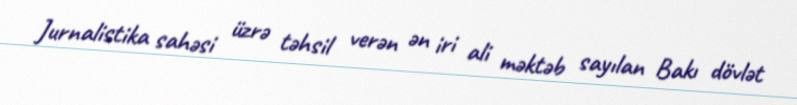
Jurnalistika sahəsi üzrə təhsil verən ən iri ali məktəb sayılan Bakı dövlət